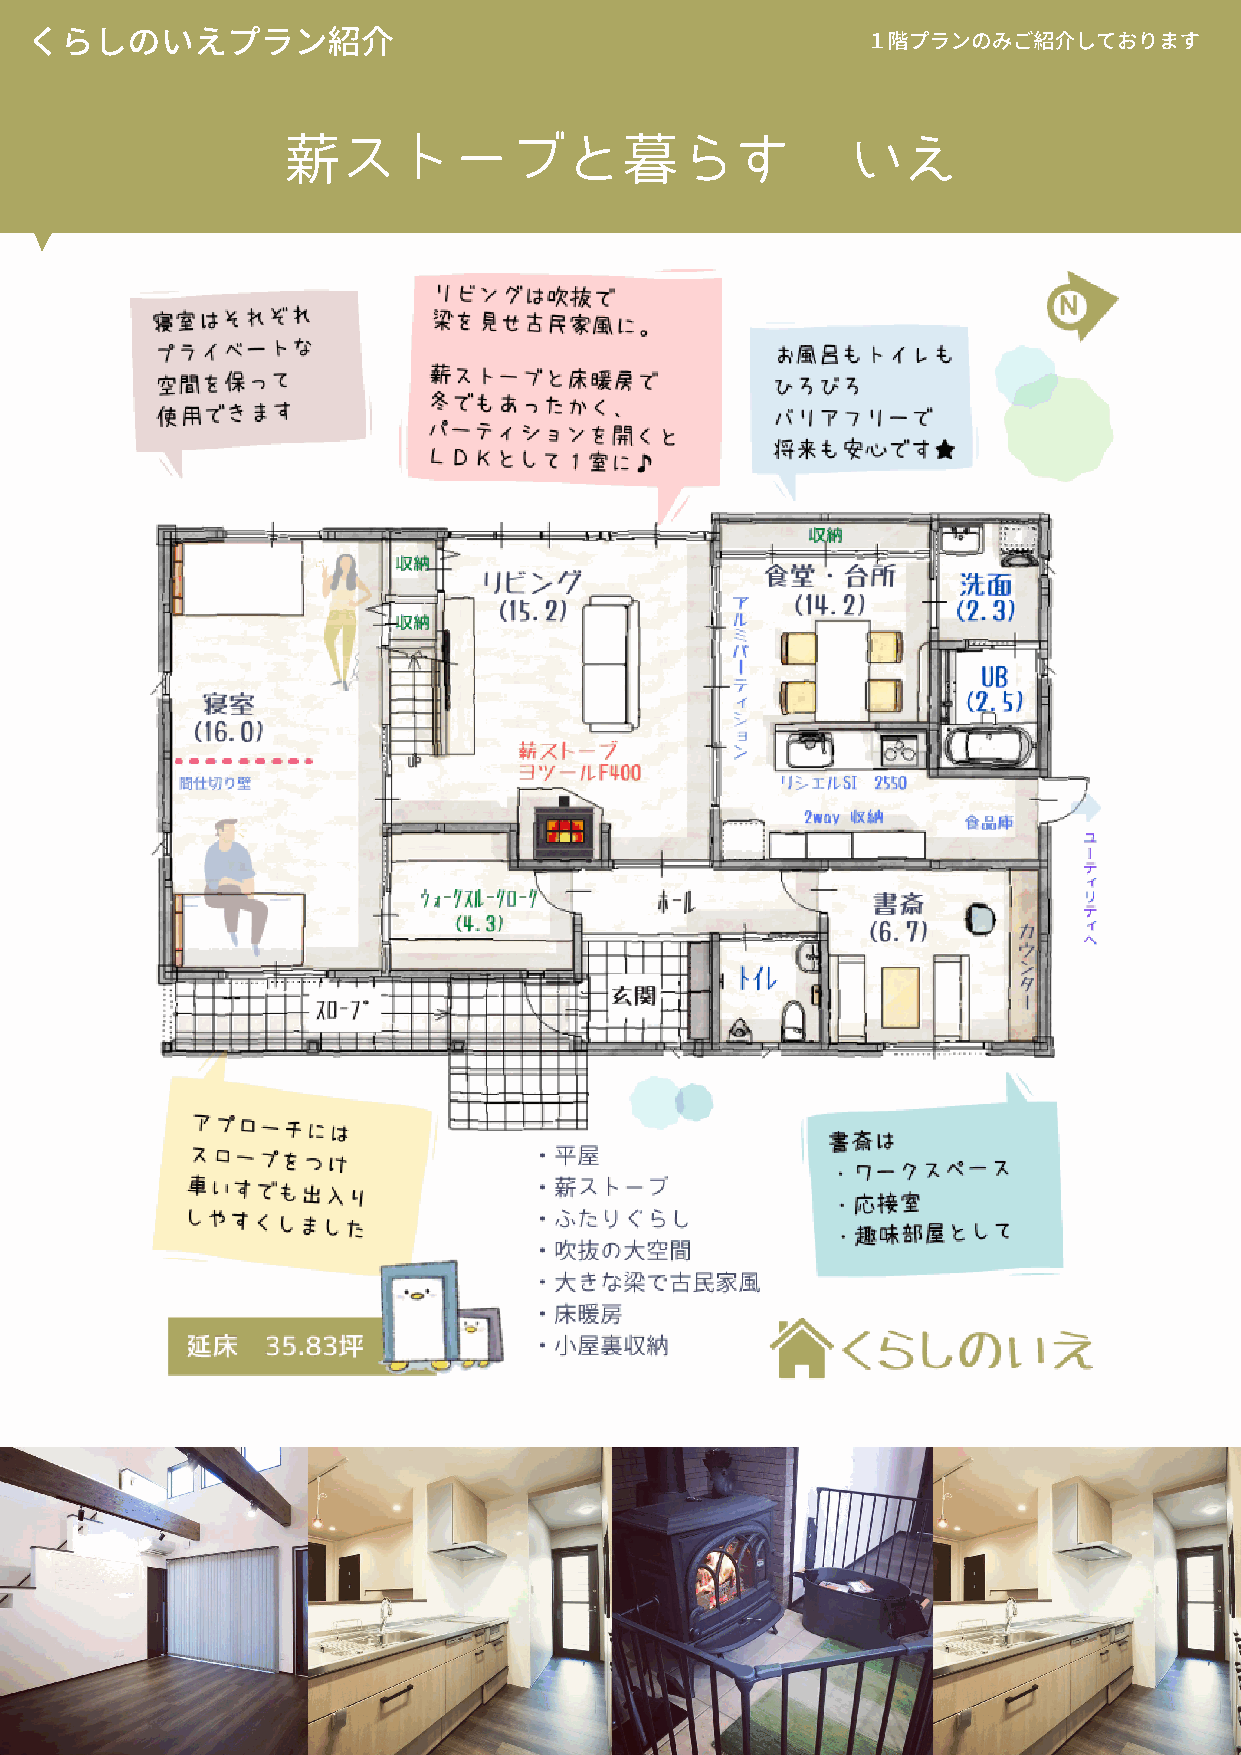
くらしのいえプラン紹介
 １階プランのみご紹介しております
 薪ストーブと暮らす                            いえ